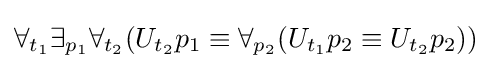
\forall _{t_{1}}\exists _{p_{1}}\forall _{t_{2}}(U_{t_{2}}p_{1}\equiv \forall _{p_{2}}(U_{t_{1}}p_{2}\equiv U_{t_{2}}p_{2}))